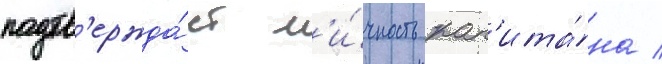
подтв'ержда́ет л'и́чность кап'ита́на /